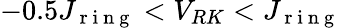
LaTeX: -0.5J_{\mathrm{~r~i~n~g~}}<V_{RK}<J_{\mathrm{~r~i~n~g~}}